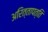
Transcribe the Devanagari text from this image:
अरित्तापत्ति